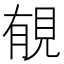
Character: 𧠶